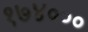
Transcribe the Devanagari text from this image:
१७४०००